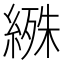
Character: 𬗰